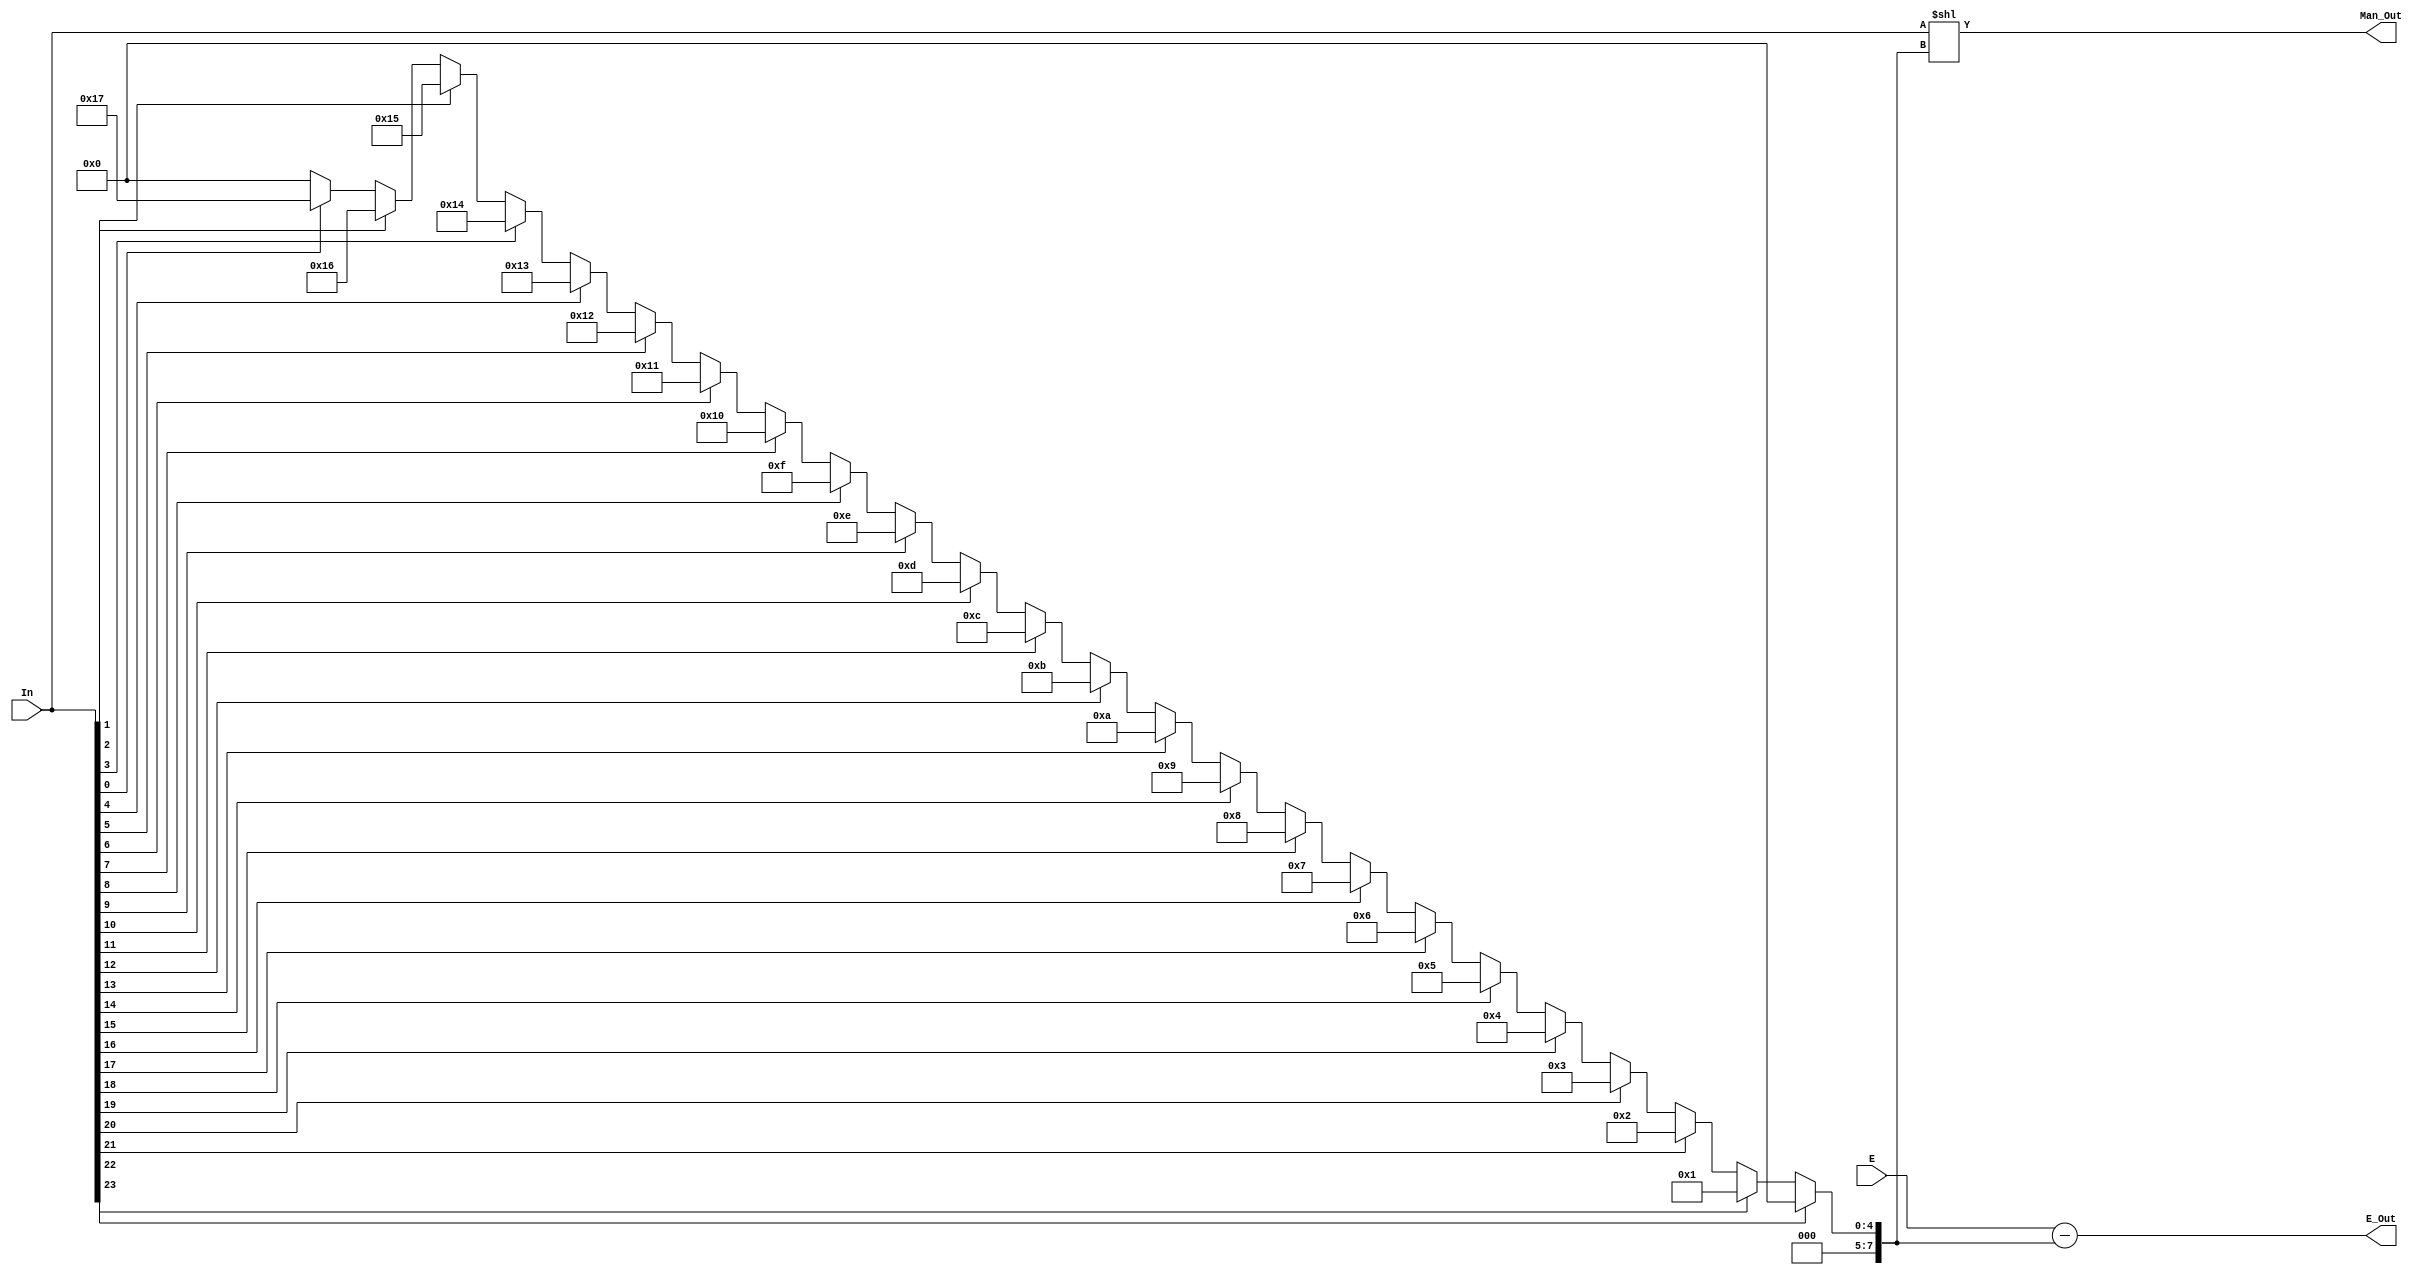
module Counter_Logic (E,In,E_Out,Man_Out);
  input [7:0]E;
  input [23:0]In;
  output [7:0]E_Out;
  output [22:0]Man_Out;
  wire [23:0]M_Out;

  reg  [7:0]X;

  always @(E|In)
  begin

  if(In[23]==1'b1)
    X=8'd0;
  else if(In[22]==1'b1)
    X=8'd1;
  else if (In[21]=='b1)
    X=8'd2;
  else if (In[20]=='b1)
    X=8'd3;
  else if (In[19]=='b1)
    X=8'd4;
  else if (In[18]=='b1)
    X=8'd5;
  else if (In[17]=='b1)
    X=8'd6;
  else if (In[16]=='b1)
    X=8'd7;
  else if (In[15]=='b1)
    X=8'd8;
  else if (In[14]=='b1)
    X=8'd9;   
  else if (In[13]=='b1)       
      X=8'd10;       
  else if (In[12]=='b1)       
      X=8'd11;       
  else if (In[11]=='b1)       
      X=8'd12;       
  else if (In[10]=='b1)       
      X=8'd13;             
  else if (In[9]=='b1)       
      X=8'd14;             
  else if (In[8]=='b1)       
      X=8'd15;             
  else if (In[7]=='b1)       
      X=8'd16; 
  else if (In[6]=='b1)       
      X=8'd17;                   
  else if (In[5]=='b1)       
      X=8'd18;             
  else if (In[4]=='b1)       
      X=8'd19;             
  else if (In[3]=='b1)       
      X=8'd20;             
  else if (In[2]=='b1)       
      X=8'd21;             
  else if (In[1]=='b1)       
      X=8'd22;             
  else if (In[0]=='b1)       
      X=8'd23;             
  else
	X=8'd0;             	  

  end

assign M_Out=In<<X;  
assign E_Out=E-X;  
assign Man_Out=M_Out[22:0];

endmodule